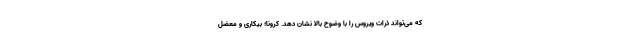
که می‌تواند ذرات ویروس را با وضوح بالا نشان دهد. کرونا؛ بیکاری و معضل